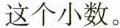
这个小数。